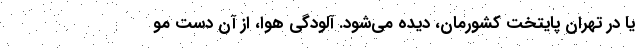
یا در تهران پایتخت کشورمان، دیده می‌شود. آلودگی هوا، از آن دست مو